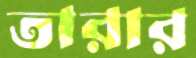
তারার